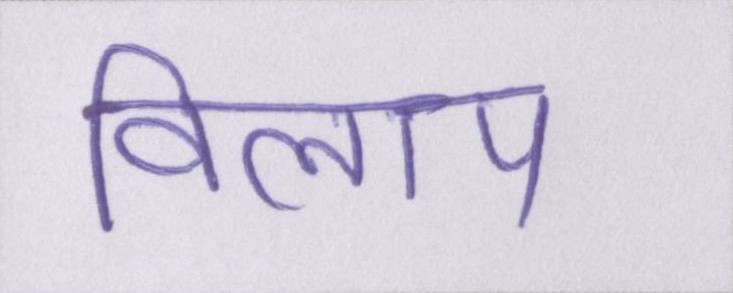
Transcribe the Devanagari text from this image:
विलाप